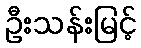
ဦးသန်းမြင့်